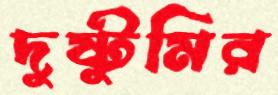
দুষ্টুমির